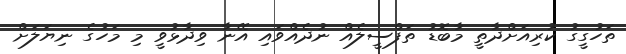
ތަހުގީގު ކުރިއަށްދާތީ މާބޮޑު ތަފްސީލެއް ނުދެއްވައި އޭނާ ވިދާޅުވީ މި މަހުގެ ނިޔަލަށް